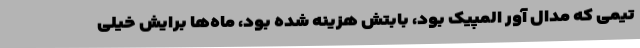
تیمی که مدال آور المپیک بود، بابتش هزینه شده بود، ماه‌ها برایش خیلی